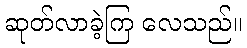
ဆုတ်လာခဲ့ကြ လေသည်။